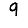
Digit: 9